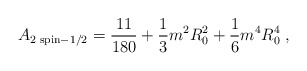
\begin{align*}A_{2 \; {\rm {spin}}-1/2}={11\over 180}+{1\over 3}m^{2}R_{0}^{2}+{1\over 6}m^{4}R_{0}^{4} \; ,\end{align*}